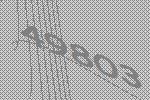
49803